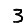
Digit: 3